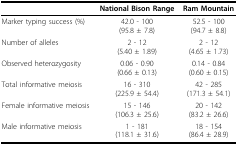
|  | National Bison Range | Ram Mountain |
 | --- | --- | --- |
 | Marker typing success (%) | 42.0 - 100(95.8 ± 7.8) | 52.5 - 100(94.7 ± 8.8) |
 | Number of alleles | 2 - 12(5.40 ± 1.89) | 2 - 12(4.65 ± 1.73) |
 | Observed heterozygosity | 0.06 - 0.90(0.66 ± 0.13) | 0.14 - 0.84(0.60 ± 0.15) |
 | Total informative meiosis | 16 - 310(225.9 ± 54.4) | 42 - 285(171.3 ± 54.1) |
 | Female informative meiosis | 15 - 146(106.3 ± 25.6) | 20 - 142(83.2 ± 26.6) |
 | Male informative meiosis | 1 - 181(118.1 ± 31.6) | 18 - 154(86.4 ± 28.9) |